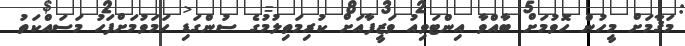
މަޤާމަށް މީހުން ހޮވުމަށް ބާއްވާ އިންޓަވިއު ވަޒީފާއަށް ކުރިމަތިލުމުގެ ސުންގަޑި ހަމަވުމަށްފަހު މަސައްކަތު